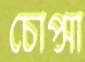
চোপ্‌সা